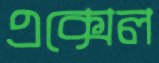
এক্সেল